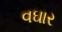
વઘાર